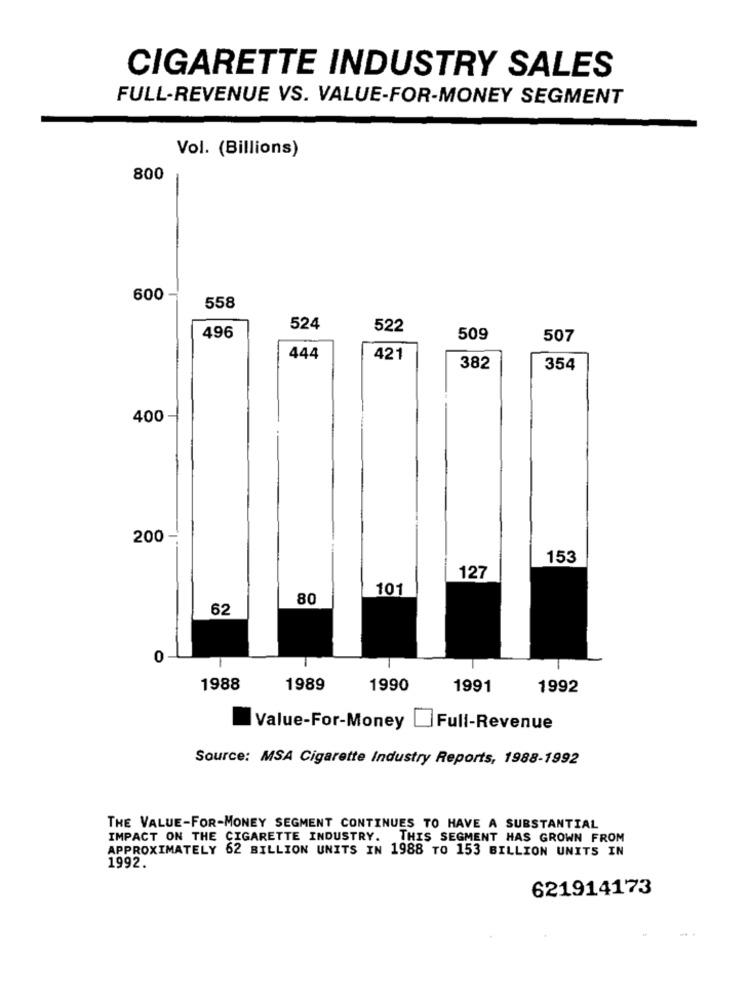
CIGARETTE INDUSTRY SALES
FULL-REVENUE VS. VALUE-FOR-MONEY SEGMENT
Vol. (Billions)
800
600
558
524
522
496
509
507
444
421
382
354
400
200
153
127
101
80
62
0
1988
1989
1990
1991
1992
Value-For-Money
Full-Revenue
Source: MSA Cigarette Industry Reports, 1988-1992
THE VALUE-FOR-MONEY SEGMENT CONTINUES TO HAVE A SUBSTANTIAL
IMPACT ON THE CIGARETTE INDUSTRY. THIS SEGMENT HAS GROWN FROM
APPROXIMATELY 62 BILLION UNITS IN 1988 TO 153 BILLION UNITS IN
1992.
621914173